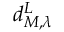
d _ { M , \lambda } ^ { L }